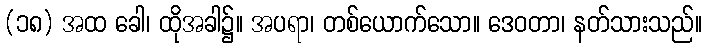
(၁၈) အထ ခေါ၊ ထိုအခါ၌။ အပရာ၊ တစ်ယောက်သော။ ဒေဝတာ၊ နတ်သားသည်။